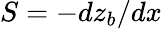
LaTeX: S=-dz_{b}/dx